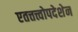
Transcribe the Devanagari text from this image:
एतत्तत्त्वोपदेशेन